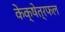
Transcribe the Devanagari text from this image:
केक्षेत्रफल